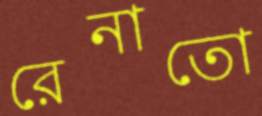
রেনাতো